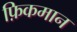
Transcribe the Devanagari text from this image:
फ़िकमान